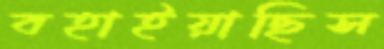
বহাইয়াছিস